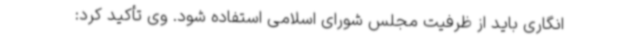
انگاری باید از ظرفیت مجلس شورای اسلامی استفاده شود. وی تأکید کرد: